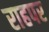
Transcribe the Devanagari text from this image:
राहपर